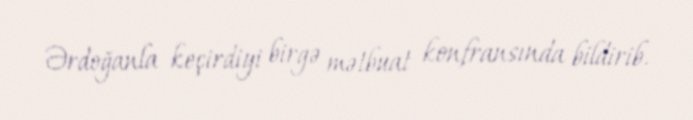
Ərdoğanla keçirdiyi birgə mətbuat konfransında bildirib.